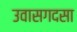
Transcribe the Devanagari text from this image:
उवासगदसा